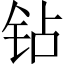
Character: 钻